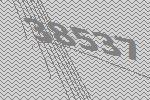
38537